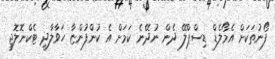
ފޯނުތަކަށް އެމޯލެޑް ޑިސްޕްލޭ ދެން ނުދޭނެ ކަމަށް އެ ކުންފުންޏާ ހަވާލާދީ ޓެކްނޮލޮޖީ